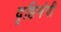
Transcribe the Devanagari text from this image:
दृष्टिमंगी